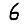
Digit: 6